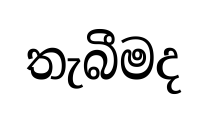
තැබීමද